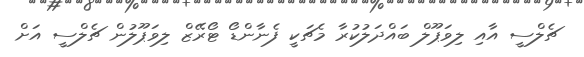
ޗެލްސީ އާއި ލިވަޕޫލް ބައްދަލުކުރާ މެޗަކީ ފެނާންޑޯ ޓޯރޭޒް ލިވަޕޫލުން ޗެލްސީ އަށް